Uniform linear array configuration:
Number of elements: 24
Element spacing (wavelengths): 0.5
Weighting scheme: binomial
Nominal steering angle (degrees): -15
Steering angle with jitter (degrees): -16.809
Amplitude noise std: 0.05
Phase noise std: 0.05

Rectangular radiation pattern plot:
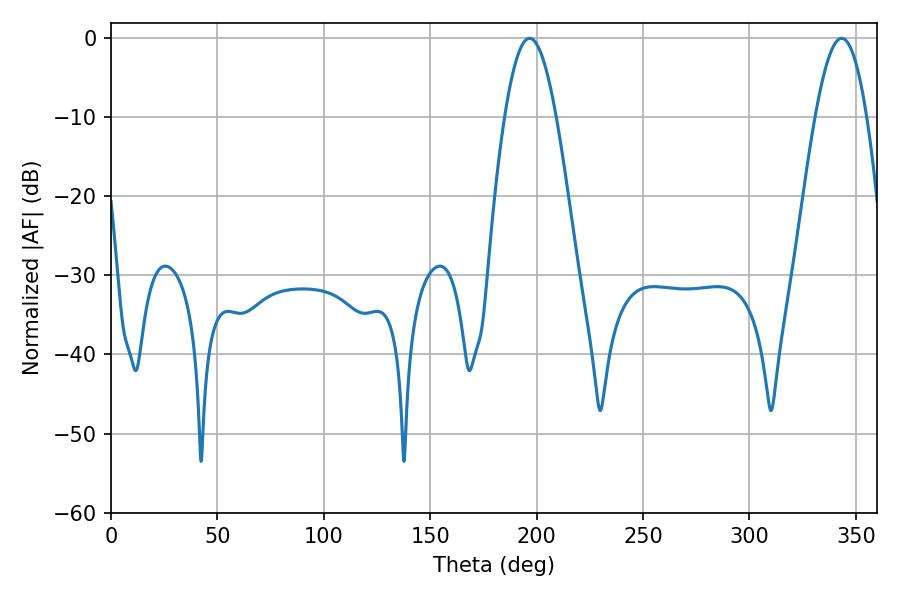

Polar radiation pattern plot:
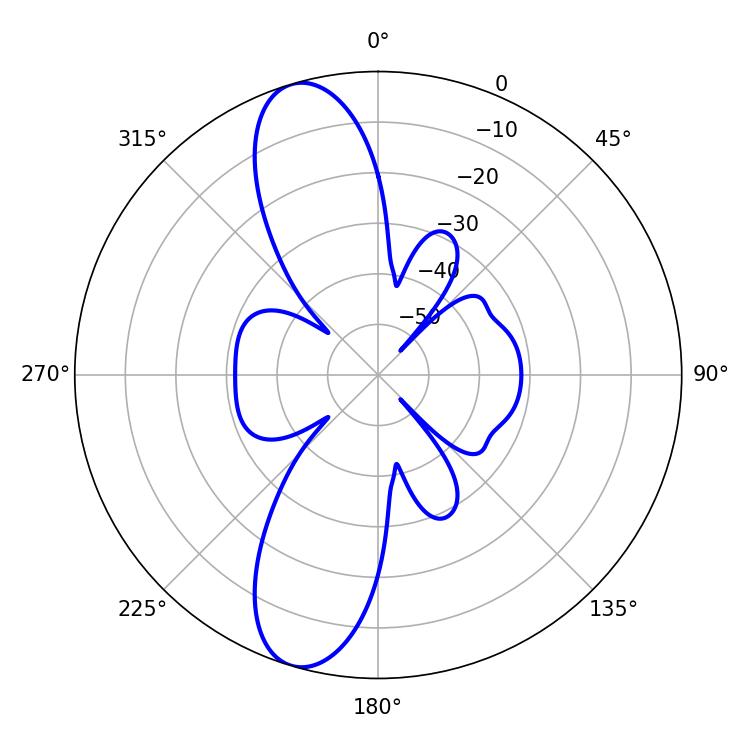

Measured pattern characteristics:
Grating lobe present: FALSE
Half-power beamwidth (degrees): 13.14
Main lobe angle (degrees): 196.74